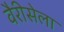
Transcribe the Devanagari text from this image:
वैरीसेला